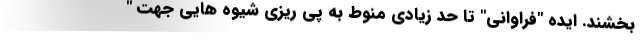
بخشند. ایده "فراوانی" تا حد زیادی منوط به پی ریزی شیوه هایی جهت "